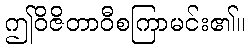
ဤဝိဇိတာဝီစကြာမင်း၏။